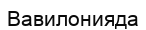
Вавилонияда